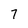
Character: 7